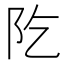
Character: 阣